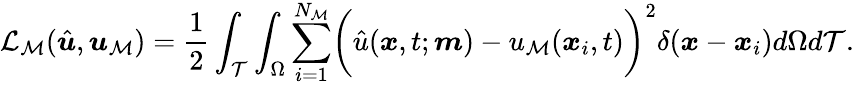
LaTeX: \mathcal{L}_{\mathcal{M}}(\hat{\boldsymbol{u}},\boldsymbol{u}_{\mathcal{M}})=\frac{1}{2}\int_{\mathcal{T}}\int_{\Omega}\sum_{i=1}^{N_{\mathcal{M}}}\biggl(\hat{u}(\boldsymbol{x},t;\boldsymbol{m})-u_{\mathcal{M}}(\boldsymbol{x}_{i},t)\biggr)^{2}\delta(\boldsymbol{x}-\boldsymbol{x}_{i})d\Omega d\mathcal{T}.